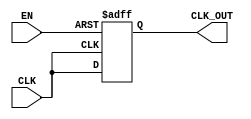
module clock_gating_buffer (
    input wire CLK,      // Primary clock input
    input wire EN,       // Enable signal
    output reg CLK_OUT   // Gated clock output
);

// Internal signal to hold the gated clock state
reg gated_clk;

// Always block to monitor the enable signal and control the output clock
always @(posedge CLK or negedge EN) begin
    if (!EN) begin
        // When EN is low, hold the output clock low
        CLK_OUT <= 1'b0;
    end else begin
        // When EN is high, pass the clock signal through
        CLK_OUT <= CLK;
    end
end

endmodule